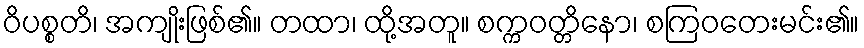
ဝိပစ္စတိ၊ အကျိုးဖြစ်၏။ တထာ၊ ထို့အတူ။ စက္ကဝတ္တိနော၊ စကြဝတေးမင်း၏။